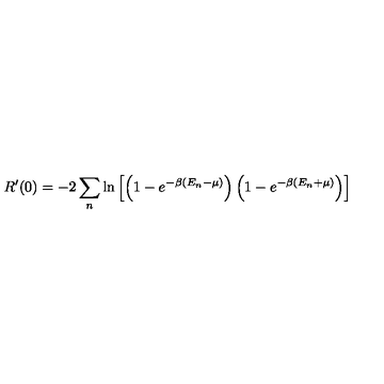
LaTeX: R ^ { \prime } ( 0 ) = - 2 \sum _ { n } \ln \left[ \left( 1 - e ^ { - \beta ( E _ { n } - \mu ) } \right) \left( 1 - e ^ { - \beta ( E _ { n } + \mu ) } \right) \right]